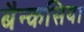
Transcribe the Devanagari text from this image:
बैन्कसिया